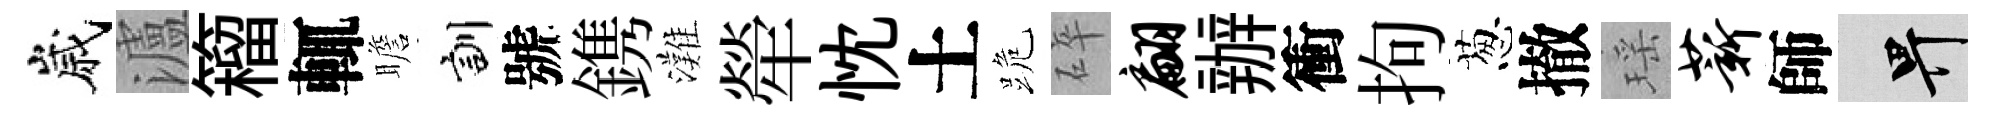
嵗瀘籕輒瞻訓號鎸灘犖忱土跪碎翩辦衝拘葱撤瑶薪師畀